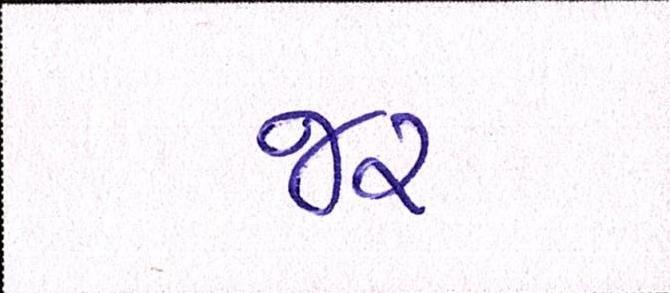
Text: જર